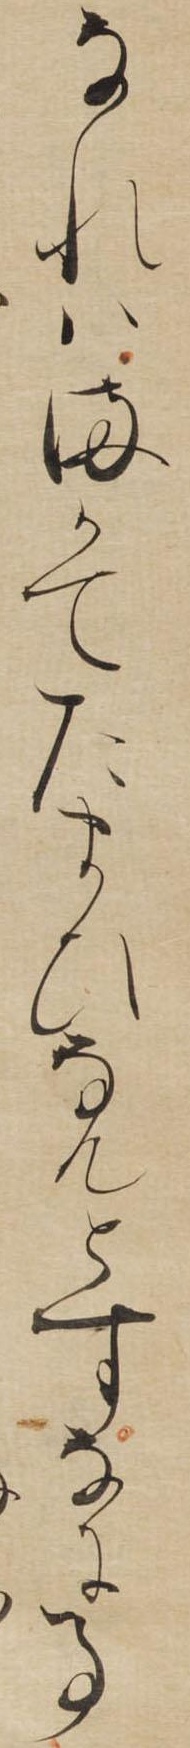
なれはまかてたまひなんとすなに事